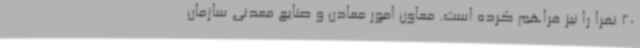
20 نفرا را نیز فراهم کرده است. معاون امور معادن و صنایع معدنی سازمان